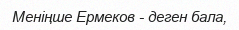
Меніңше Ермеков - деген бала,